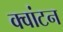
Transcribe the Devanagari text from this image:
क्वांटन